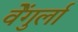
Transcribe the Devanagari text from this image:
वेेंगुर्ला